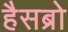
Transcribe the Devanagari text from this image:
हैसब्रो